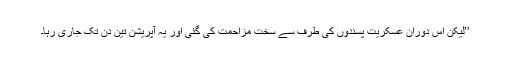
’’لیکن اس دوران عسکریت پسندوں کی طرف سے سخت مزاحمت کی گئی اور یہ آپریشن تین دن تک جاری رہا۔